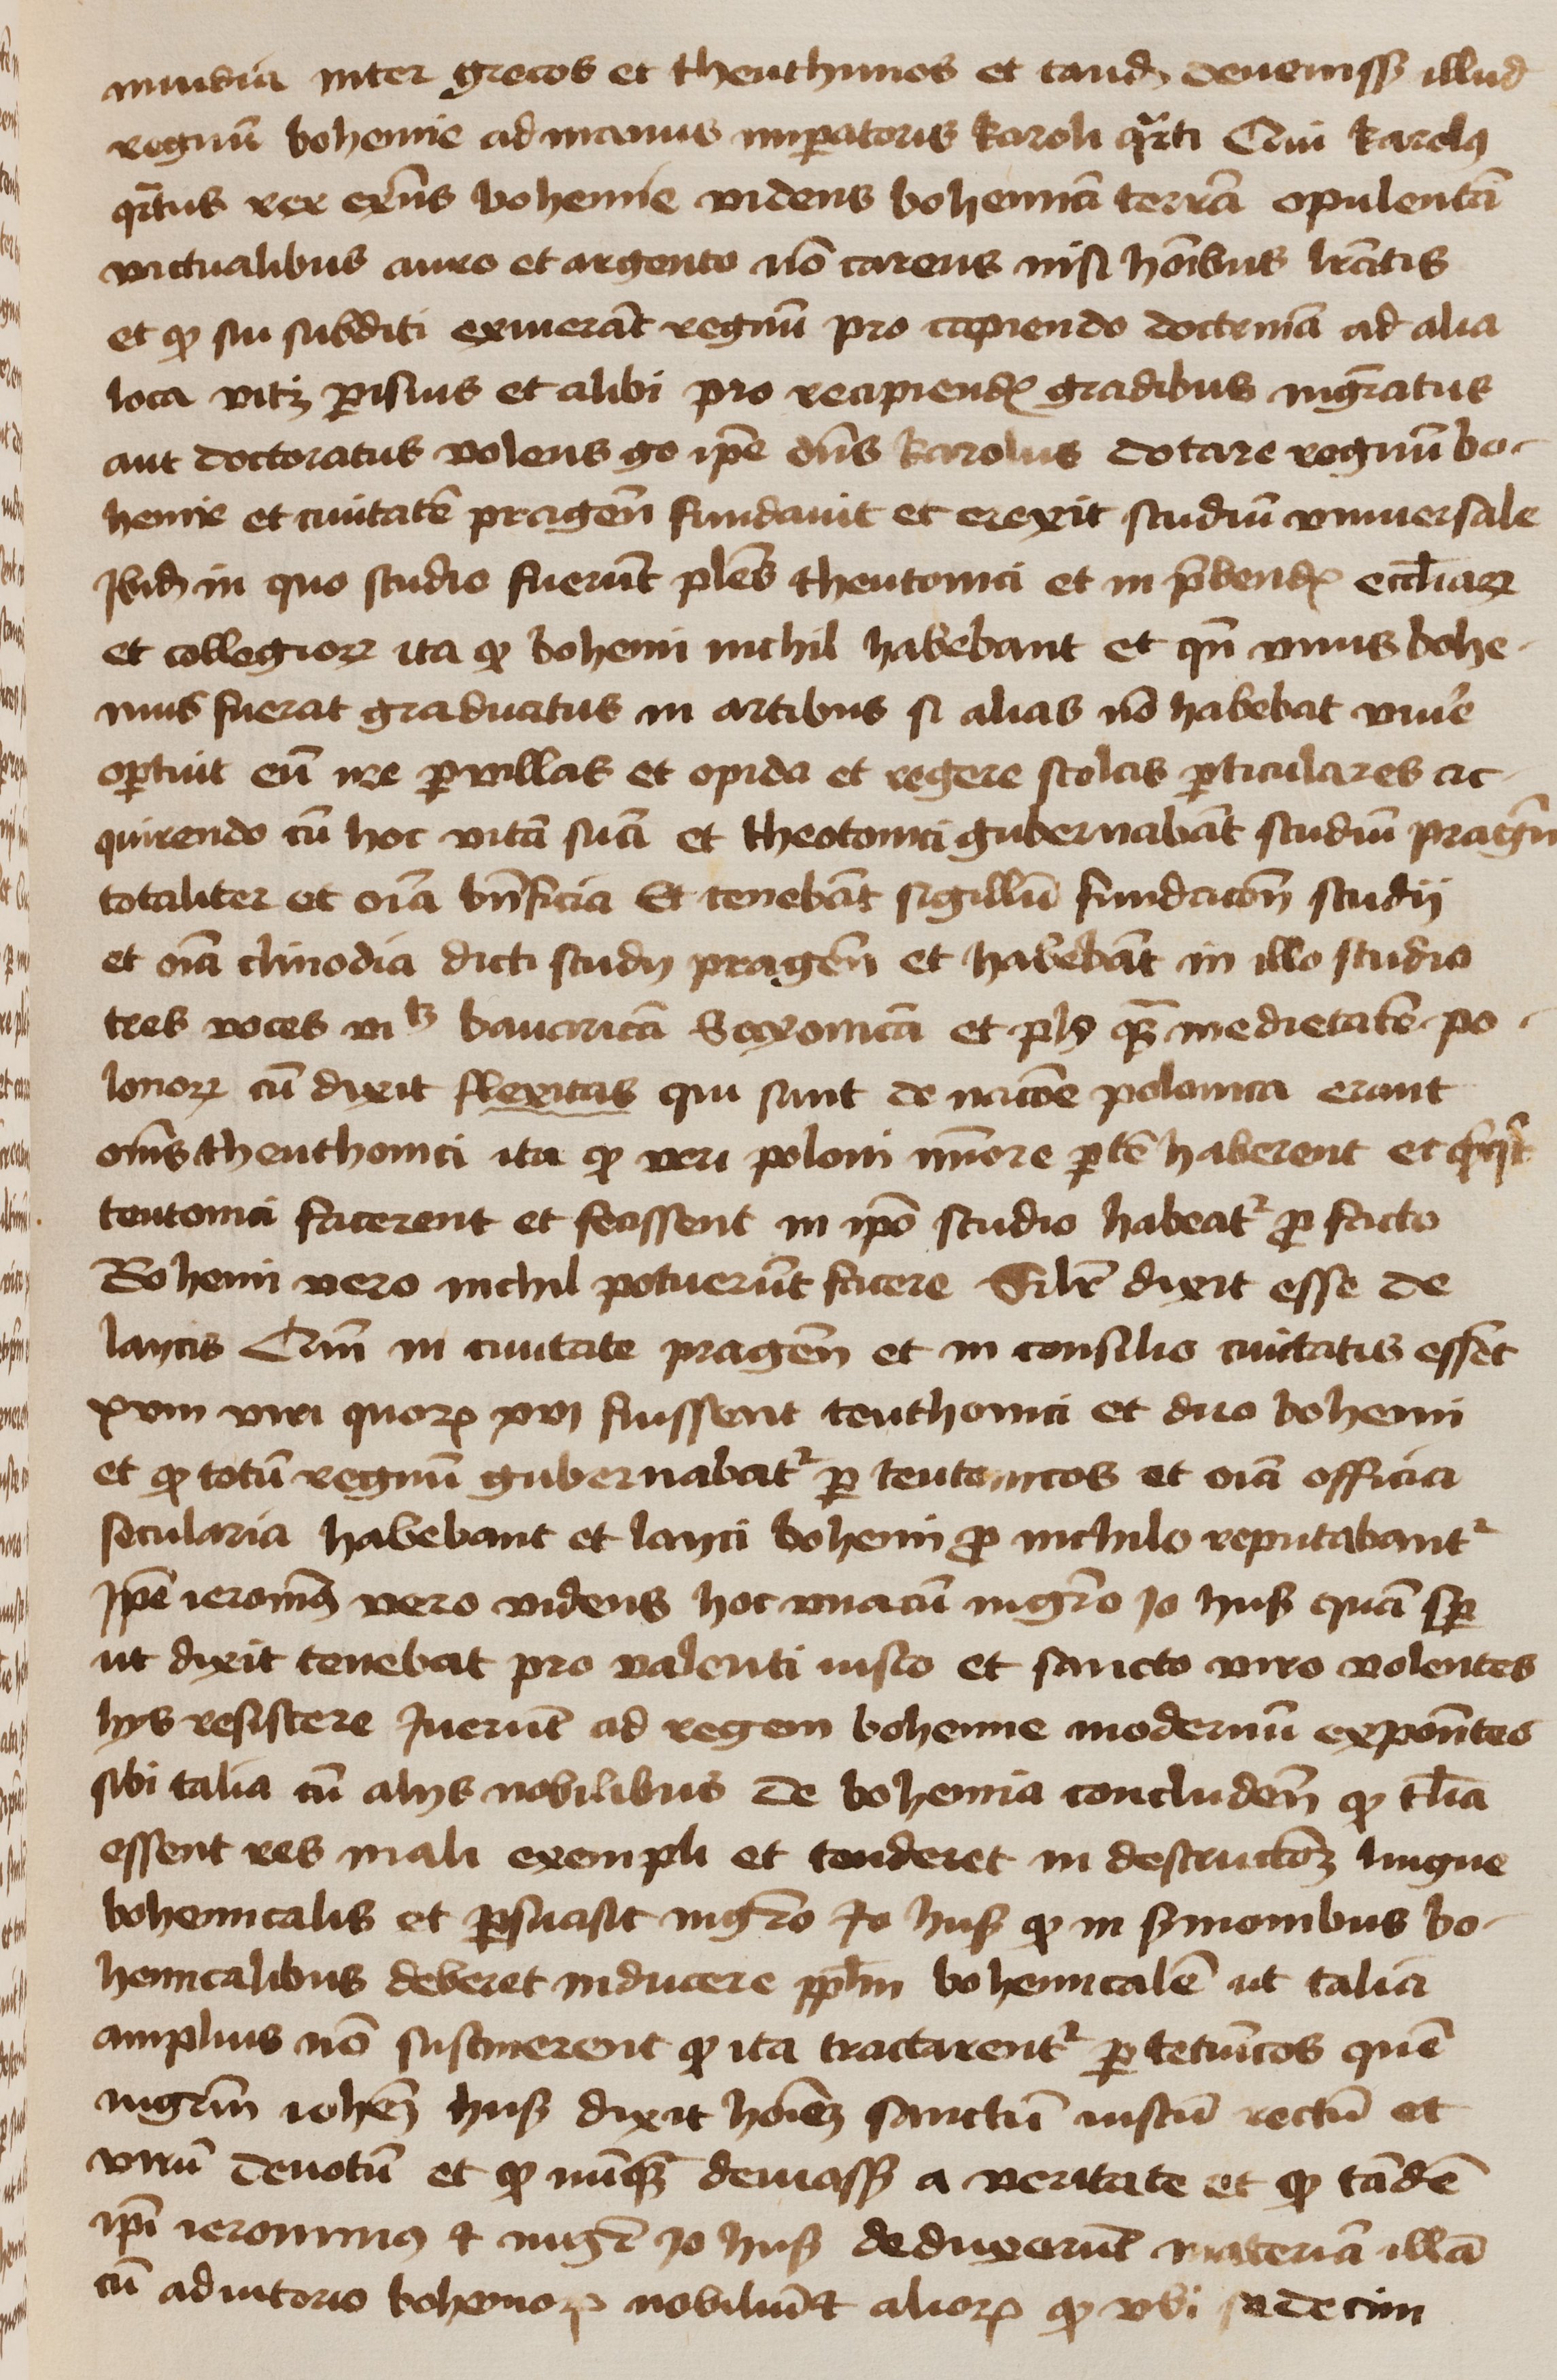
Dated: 1450–1474